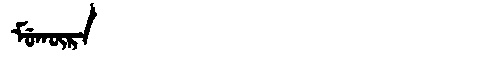
Manchu: ᠮᡠᡴᡡᡵᠠ
Romanization: MUKŪRA